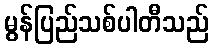
မွန်ပြည်သစ်ပါတီသည်